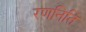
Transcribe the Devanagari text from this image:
रणनिति